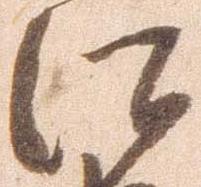
江